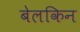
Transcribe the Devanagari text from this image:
बेलकिन